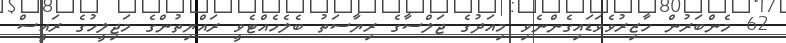
62 މެންބަރުން ހާޒިރުވެވަޑައިގެންނެވި މިއަދުގެ ޖަލްސާގެ ރިޔާސަތު ބެލެހެއްޓެވީ ރައްޔިތުންގެ މަޖިލީހުގެ ރައީސް